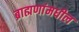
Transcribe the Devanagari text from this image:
ब्राह्मणांमधील